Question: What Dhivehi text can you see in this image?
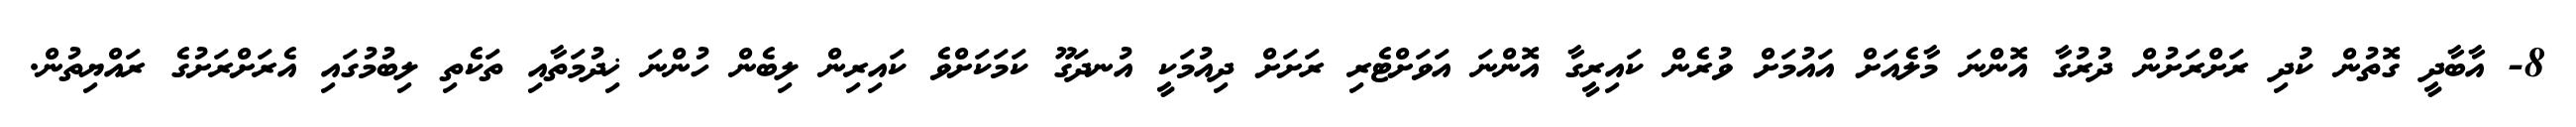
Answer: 8- އާބާދީ ގޮތުން ކުދި ރަށްރަށުން ދުރުގާ އޮންނަ މާލެއަށް އައުމަށް ވުރެން ކައިރީގާ އޮންނަ އަވަށްޓެރި ރަށަށް ދިއުމަކީ އުނދަގޫ ކަމަކަށްވެ ކައިރިން ލިބެން ހުންނަ ޚިދުމަތާއި ތަކެތި ލިބުމުގައި އެރަށްރަށުގެ ރައްޔިތުން.